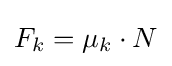
F_{k}=\mu _{k}\cdot N